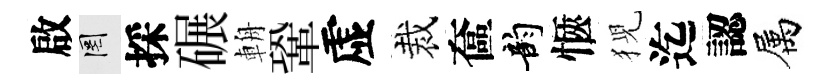
啟罔採碾輈鞏虚裁奩韵愜猊迄認属